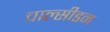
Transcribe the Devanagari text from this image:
चाल्सीडन